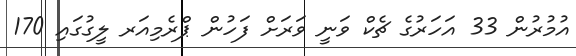
އުމުރުން 33 އަހަރުގެ ޗެކް ވަނީ ވަރަށް ފަހުން ޕްރެމިއަރ ލީގުގައި 170